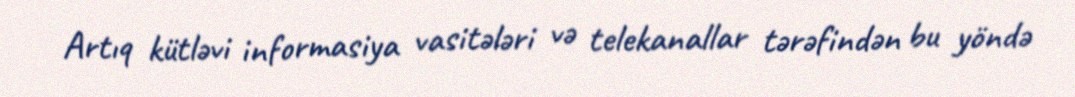
Artıq kütləvi informasiya vasitələri və telekanallar tərəfindən bu yöndə